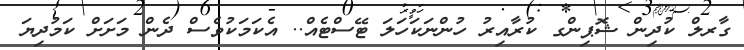
ގާރލް ކުދިން ޝޮޕިންގ ކުރާއިރު ހުންނަކަހަލަ ޓޭސްޓެއް.. އެކަމަކުވެސް ދެން މަށަށް ކަމުދިޔަ